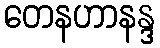
တေနဟာနန္ဒ